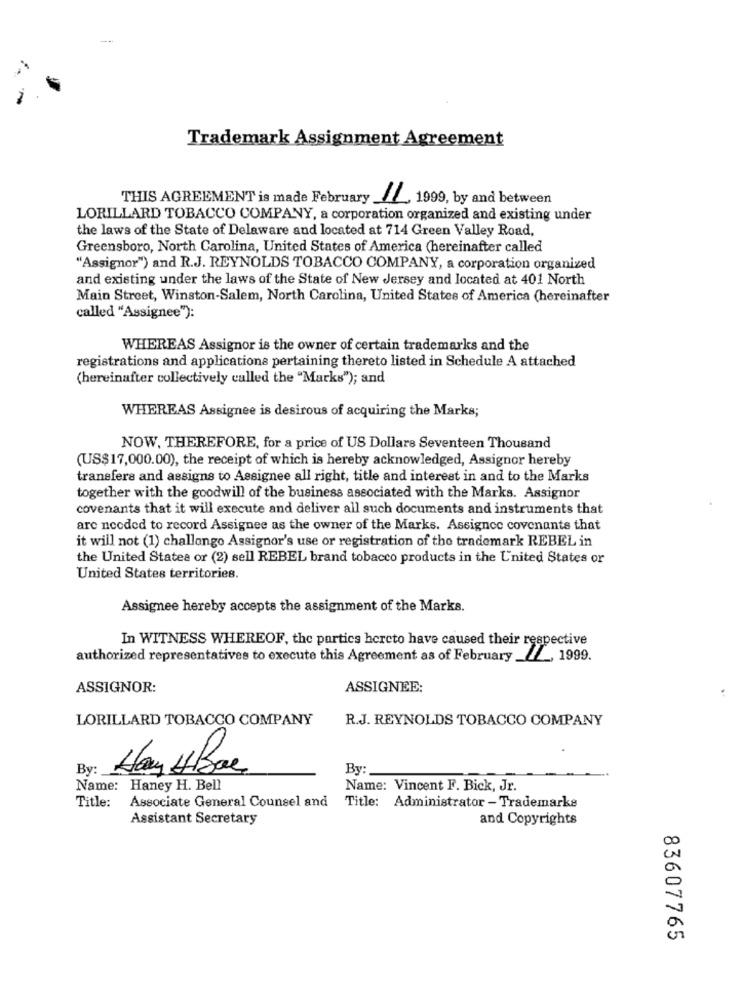
Trademark Assignment Agreement
THIS AGREEMENT is made February ___, 1999, by and between
LORILLARD TOBACCO COMPANY, a corporation organized and existing under
the laws of the State of Delaware and located at 714 Green Valley Road,
Greensboro, North Carolina, United States of America (hereinafter called
"Assignor") and R.J. REYNOLDS TOBACCO COMPANY, a corporation organized
and existing under the laws of the State of New Jersey and located at 401 North
Main Street, Winston-Salem, North Carolina, United States of America (hereinafter
called "Assignee"):
WHEREAS Assignor is the owner of certain trademarks and the
registrations and applications pertaining thereto listed in Schedule A attached
(hereinafter collectively called the "Marks"); and
WHEREAS Assignee is desirous of acquiring the Marks;
NOW, THEREFORE, for a price of US Dollars Seventeen Thousand
(US$17,000.00), the receipt of which is hereby acknowledged, Assignor hereby
transfers and assigns to Assignee all right, title and interest in and to the Marks
together with the goodwill of the business associated with the Marks. Assignor
covenants that it will execute and deliver all such documents and instruments that
are needed to record Assignee as the owner of the Marks. Assignce covenants that
it will not (1) challenge Assignor's use or registration of the trademark REBEL in
the United States or (2) sell REBEL brand tobacco products in the United States or
United States territories.
Assignee hereby accepts the assignment of the Marks.
In WITNESS WHEREOF, the partics hereto have caused their respective
authorized representatives to execute this Agreement as of February _, 1999.
ASSIGNOR:
ASSIGNEE:
LORILLARD TOBACCO COMPANY
R.J. REYNOLDS TOBACCO COMPANY
By:
By:
Name: Haney H. Bell
Name: Vincent F. Bick, Jr.
Title:
Associate General Counsel and
Title: Administrator - Trademarks
Assistant Secretary
and Copyrights
83607765